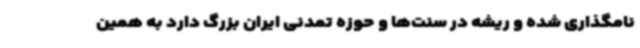
نامگذاری شده و ریشه در سنت‌ها و حوزه تمدنی ایران بزرگ دارد به همین